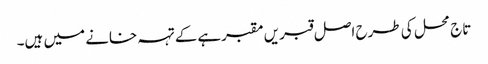
تاج محل کی طرح اصل قبریں مقبرہےکے تہہ خانے میں ہیں۔